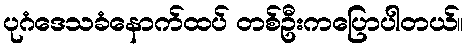
ပုဂံဒေသခံနောက်ထပ် တစ်ဦးကပြောပါတယ်။